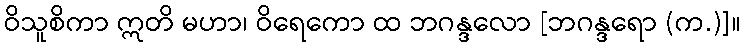
ဝိသူစိကာ ဣတိ မဟာ၊ ဝိရေကော ထ ဘဂန္ဒလော [ဘဂန္ဒရော (က.)]။